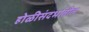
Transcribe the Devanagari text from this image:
होळीसंदर्भातील